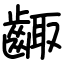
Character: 齱